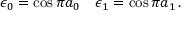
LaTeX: \epsilon _ { 0 } = \cos \pi a _ { 0 } \quad \epsilon _ { 1 } = \cos \pi a _ { 1 } \, .